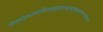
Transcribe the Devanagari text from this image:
ग्यिग्य्र्७ऐइ७५ख्फ्त्७दित्र्क्य्फ्फ्र्य्र्क्च्त्क्दुत्फ्दुय्फ्य्फुत्फ्द्ग्फ्त्५त्च्तुद्७फुत्दु५ए